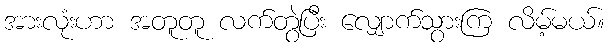
အားလုံးဟာ အတူတူ လက်တွဲပြီး လျှောက်သွားကြ လိမ့်မယ်။